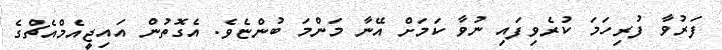
ފަރުވާ ފުރިހަމަ ކުރެވިފައި ނުވާ ކަމަށް އޭނާ މަންމަ ބުންޏެވެ. އެގޮތުން އައިޖީއެމްއެޗްގެ